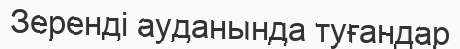
Зеренді ауданында туғандар